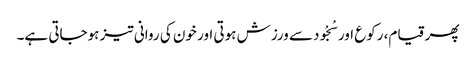
پھر قیام، رکوع اور سْجْودسے ورزش ہوتی اور خون کی روانی تیز ہوجاتی ہے۔